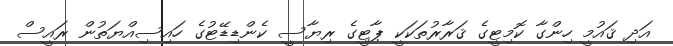
އަދި ޤައުމީ ހިންގާ ކޮމިޓީގެ ޤަރާރުތަކަކީ ޕާޓީގެ ރިޔާސީ ކެންޑިޑޭޓުގެ ހައިސިއްޔަތުން ރައީސް